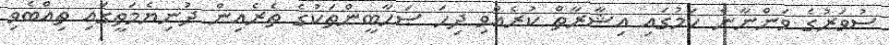
ސުވަރުގެ ވަންނާނެ ކަމުގައި އިޝާރާތް ކުރެއްވި ދިހަ ޞަހާބީންތަކުގެ ތެރެއިން ދުނިޔެމަތީގައި ތިއްބެވި